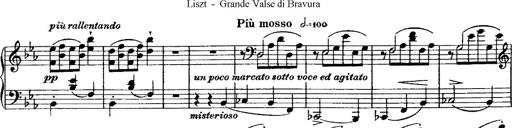
Title: Grande valse di bravura
Composer: Franz Liszt